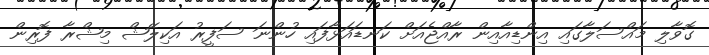
ގޮވާލި މައްސަލާގައި އިންޑިއާއިން ރާއްޖެއަށް ކަނޑައަޅާފައި ހުންނަ ސަފީރު އަކިލޭޝް މިޝްރާ ފޮރިން